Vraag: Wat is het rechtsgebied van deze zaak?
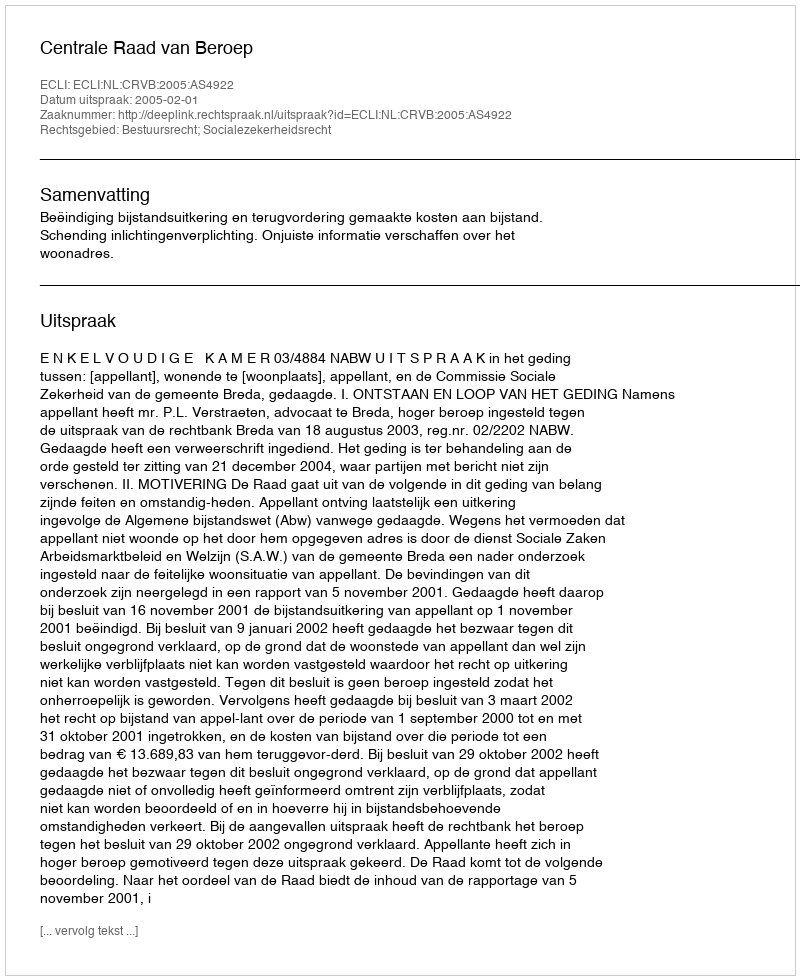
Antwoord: Bestuursrecht; Socialezekerheidsrecht